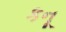
કનૂ